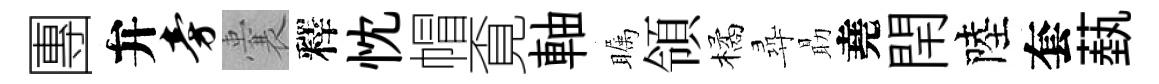
團弁旁囊釋忱帽覔軸瞩領橘尋朂堯閈陸套蓺